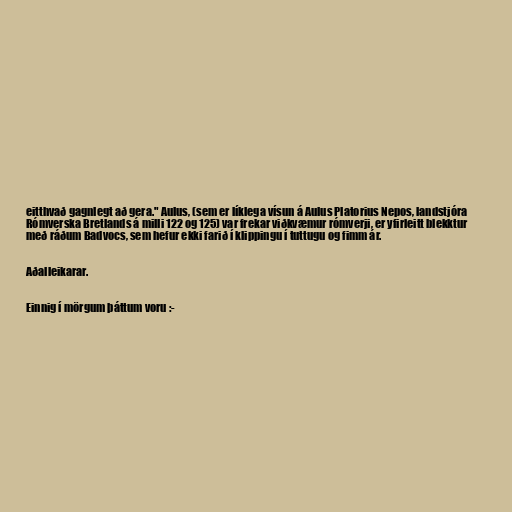
eitthvað gagnlegt að gera." Aulus, (sem er líklega vísun á Aulus Platorius Nepos, landstjóra
Rómverska Bretlands á milli 122 og 125) var frekar viðkvæmur rómverji, er yfirleitt blekktur
með ráðum Badvocs, sem hefur ekki farið í klippingu í tuttugu og fimm ár.

Aðalleikarar.

Einnig í mörgum þáttum voru :-